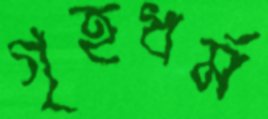
গৃহধর্ম